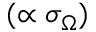
( \propto \sigma _ { \Omega } )